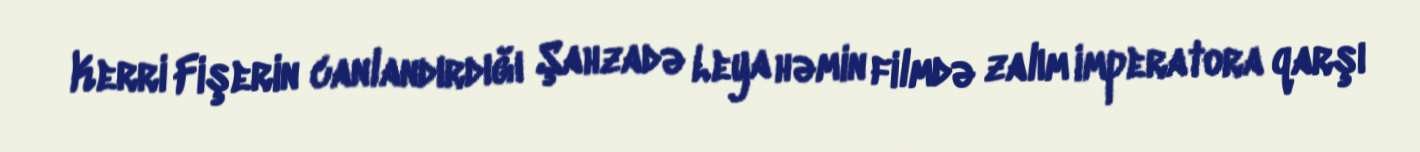
Kerri Fişerin canlandırdığı Şahzadə Leya həmin filmdə zalım imperatora qarşı